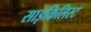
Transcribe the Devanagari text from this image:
साइकिलिस्ट